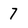
Character: 7